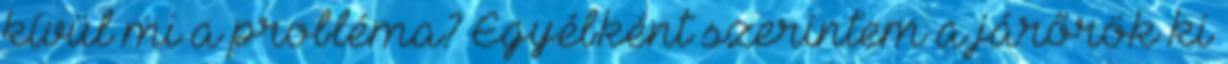
kívül mi a probléma? Egyébként szerintem a járőrök ki